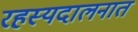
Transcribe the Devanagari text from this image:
रहस्यदालनात